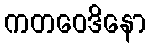
ကတဝေဒိနော